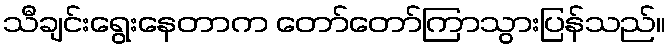
သီချင်းရွေးနေတာက တော်တော်ကြာသွားပြန်သည်။